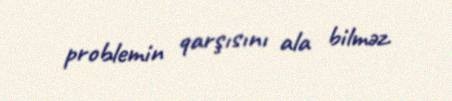
problemin qarşısını ala bilməz.